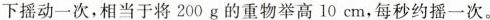
下摇动一次，相当于将200g的重物举高10cm，每秒约摇一次。